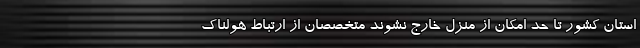
استان کشور تا حد امکان از منزل خارج نشوند متخصصان از ارتباط هولناک